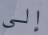
إلى